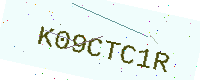
Text: K09CTC1R